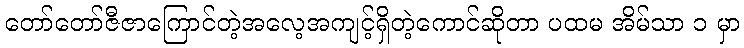
တော်တော်ဇီဇာကြောင်တဲ့အလေ့အကျင့်ရှိတဲ့ကောင်ဆိုတာ ပထမ အိမ်သာ ၁ မှာ